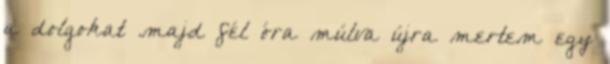
a dolgokat .majd fél óra múlva újra mertem egy